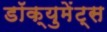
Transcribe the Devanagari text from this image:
डॉक्युमेंट्‌स